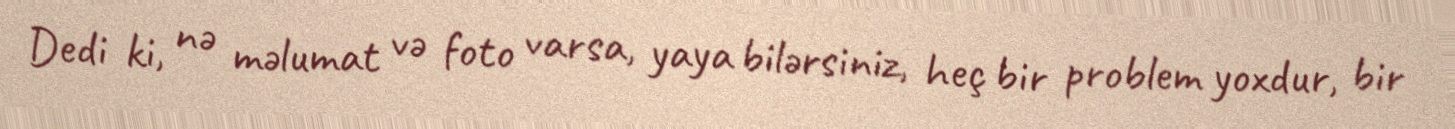
Dedi ki, nə məlumat və foto varsa, yaya bilərsiniz, heç bir problem yoxdur, bir